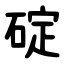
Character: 碇